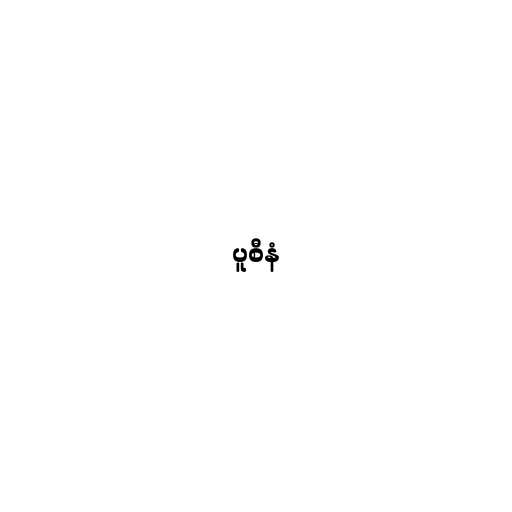
ပူစီနံ